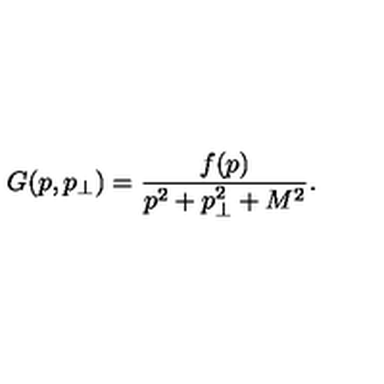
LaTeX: G ( p , p _ { \perp } ) = \frac { f ( p ) } { p ^ { 2 } + p _ { \perp } ^ { 2 } + M ^ { 2 } } .